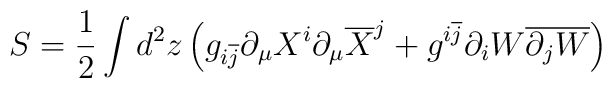
S=\frac{1}{2}\int d^{2}z\left( g_{i \overline{j}}\partial _{\mu }X^{i}\partial _{\mu }\overline{X}^{j}+g^{i \overline{j}}\partial _{i}W \overline{\partial _{j}W}\right)